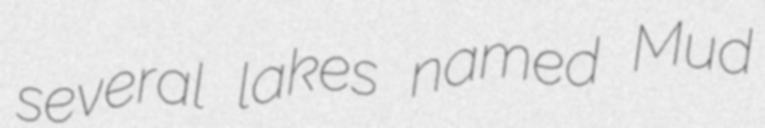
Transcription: several lakes named Mud